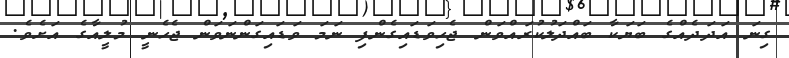
ގިނަ އަދަދެއްގެ ބަޔަކާ ބައްދަލުކުރައްވަން ޖެހިވަޑައިގެންފި ނަމަ ވަޑައިގަންނަވަން ޖެހެނީ މުލީއާގެ އަށެވެ.